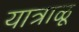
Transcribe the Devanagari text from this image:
यात्राळू